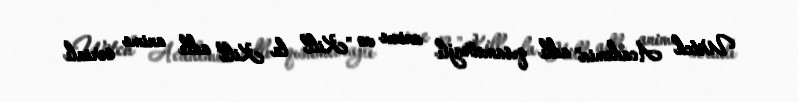
Witch Academia" adlı qısametrajlı anime və "Kill la Kill" adlı anime serialı